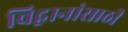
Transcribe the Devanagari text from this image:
विद्वानांसाठी